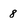
Character: 8